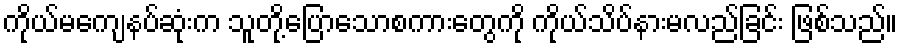
ကိုယ်မကျေနပ်ဆုံးက သူတို့ပြောသောစကားတွေကို ကိုယ်သိပ်နားမလည်ခြင်း ဖြစ်သည်။